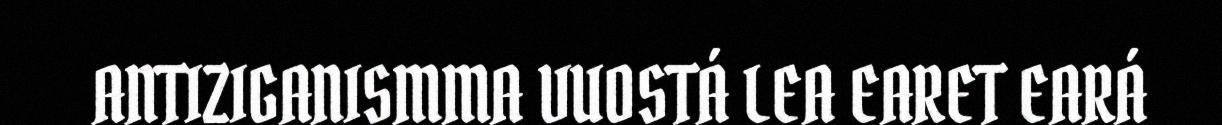
ANTIZIGANISMMA VUOSTÁ LEA EARET EARÁ